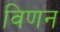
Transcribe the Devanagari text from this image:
विणन